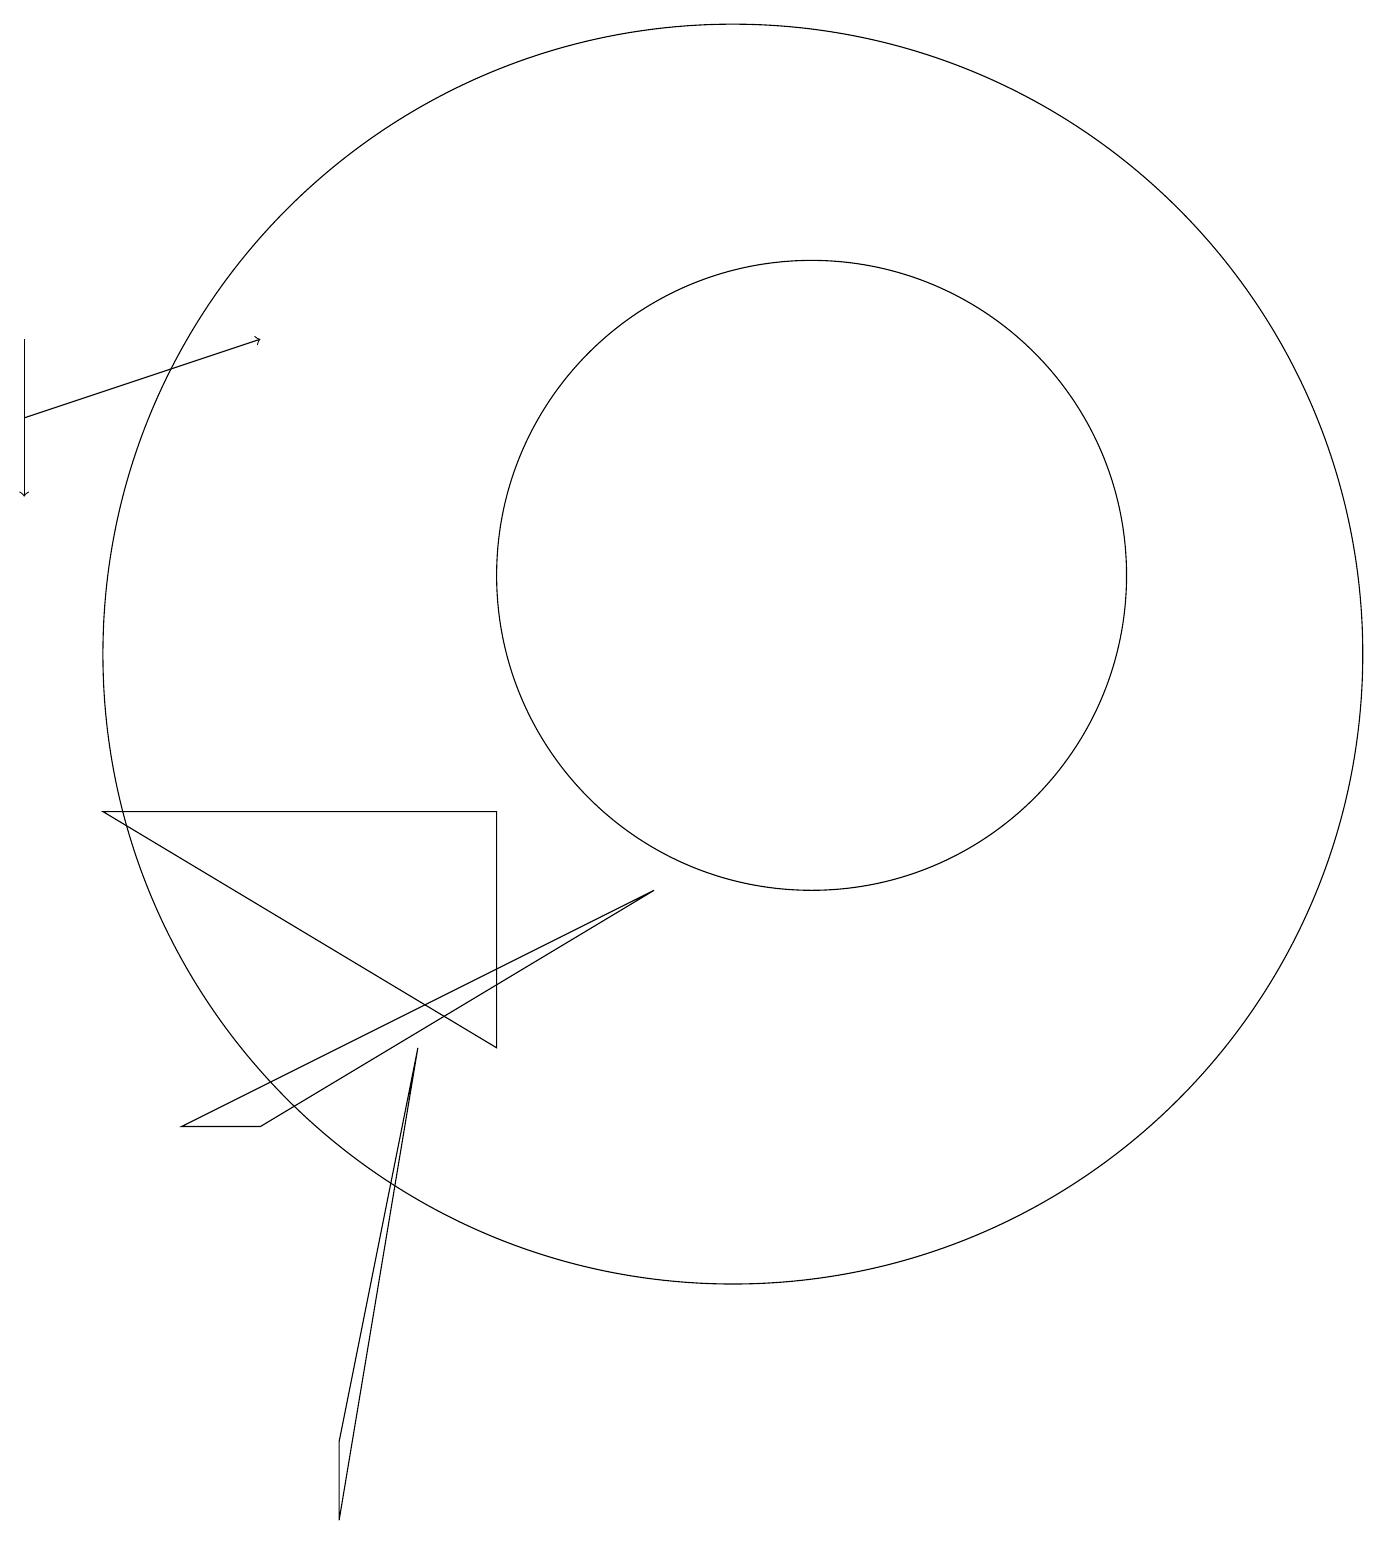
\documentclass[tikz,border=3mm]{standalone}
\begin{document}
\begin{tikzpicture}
\draw (10,11) circle (8);
\draw[->] (1,15) -- (1,13);
\draw[->] (1,14) -- (4,15);
\draw (9,8) -- (3,5) -- (4,5) -- cycle;
\draw (5,1) -- (5,0) -- (6,6) -- cycle;
\draw (7,9) -- (2,9) -- (7,6) -- cycle;
\draw (11,10) circle (0);
\draw (11,12) circle (4);
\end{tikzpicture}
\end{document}